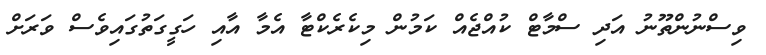
ވިސްނުންތޫނު އަދި ސްމާޓް ކުއްޖެއް ކަމުން މިކެރެކްޓާ އެމާ އާއި ހަގީގަތުގައިވެސް ވަރަށް